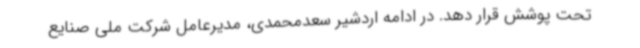
تحت پوشش قرار دهد. در ادامه اردشیر سعدمحمدی، مدیرعامل شرکت ملی صنایع